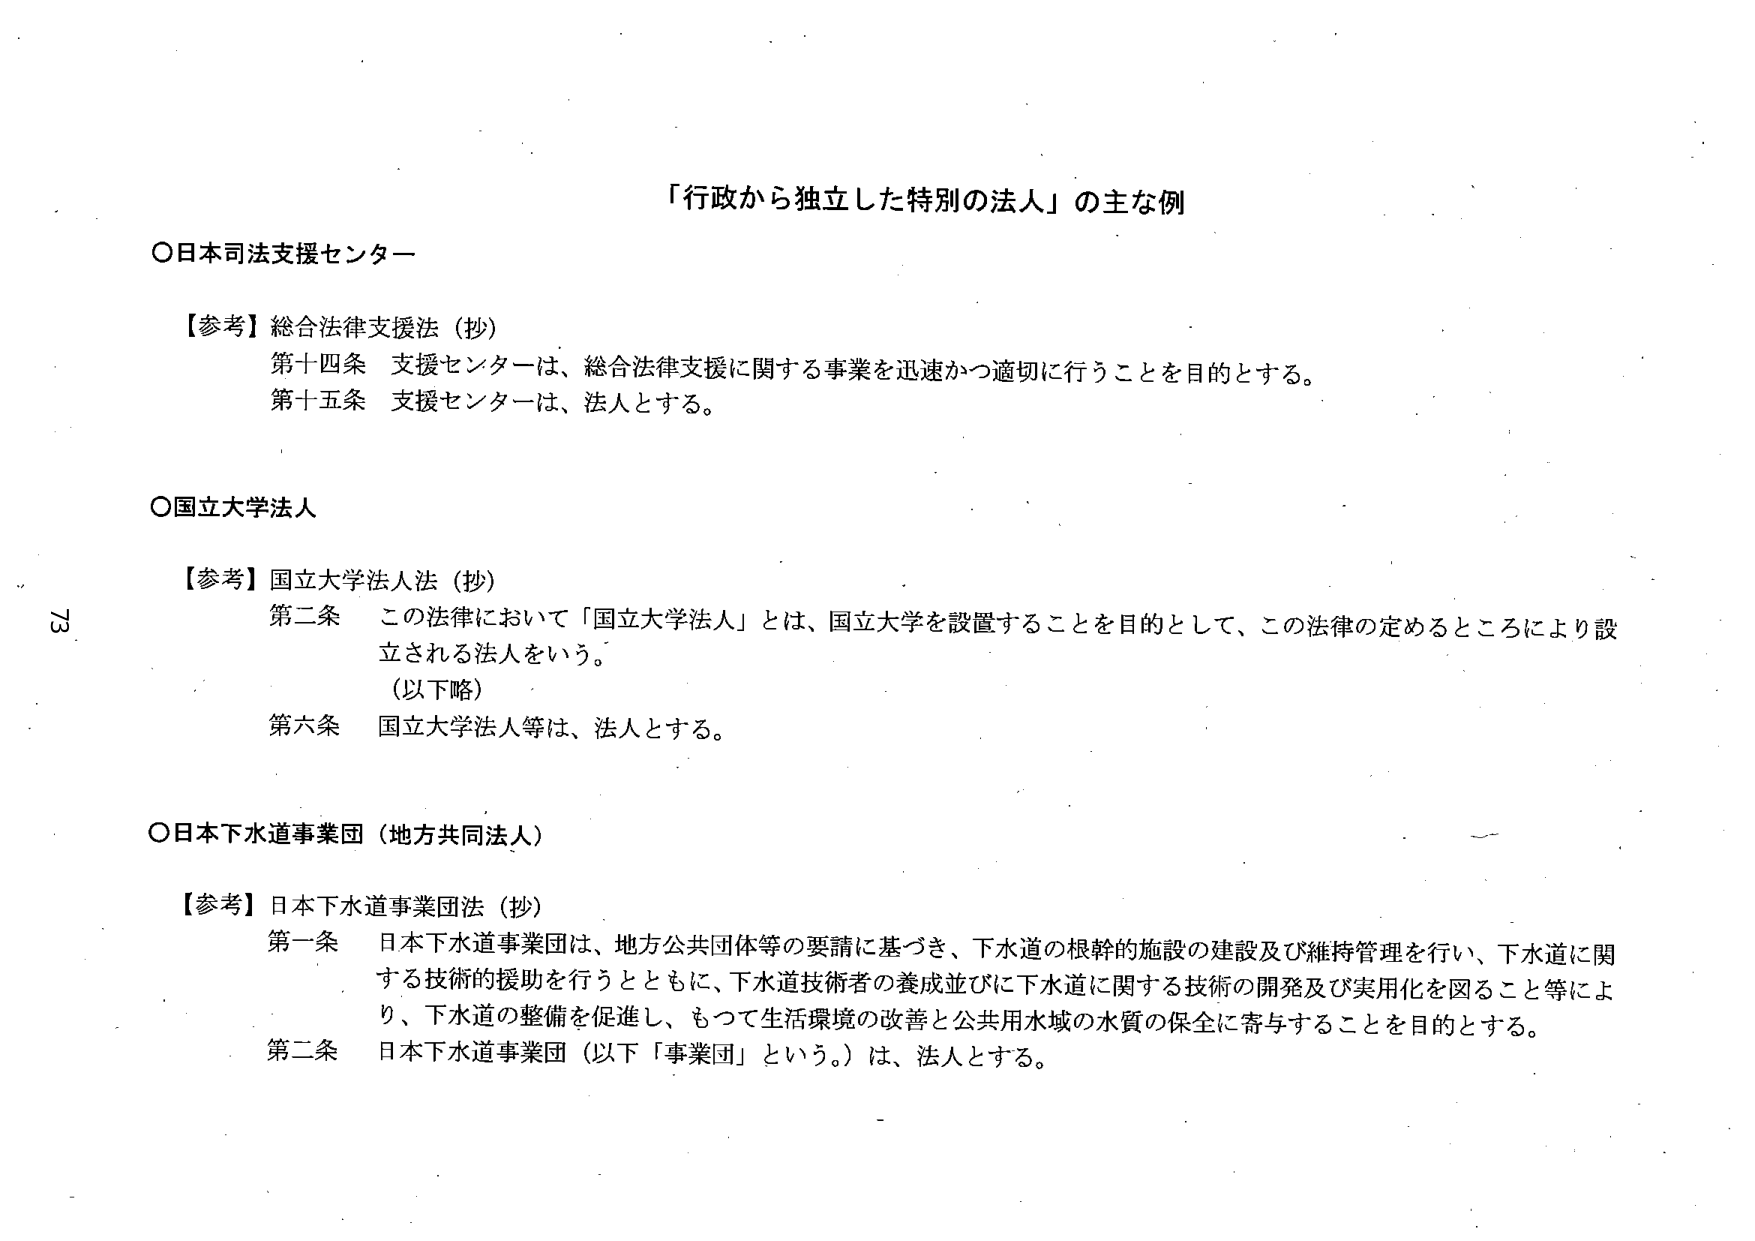
「行政から独立した特別の法人」の主な例

○日本司法支援センター

【参考】総合法律支援法（抄）
第十四条 支援センターは、総合法律支援に関する事業を迅速かつ適切に行うことを目的とする。
第十五条 支援センターは、法人とする。

○国立大学法人

【参考】国立大学法人法（抄）
第二条 この法律において「国立大学法人」とは、国立大学を設置することを目的として、この法律の定めるところにより設立される法人をいう。
（以下略）
第六条 国立大学法人等は、法人とする。

○日本下水道事業団（地方共同法人）

【参考】日本下水道事業団法（抄）
第一条 日本下水道事業団は、地方公共団体等の要請に基づき、下水道の根幹的施設の建設及び維持管理を行い、下水道に関する技術的援助を行うとともに、下水道技術者の養成並びに下水道に関する技術の開発及び実用化を図ること等により、下水道の整備を促進し、もつて生活環境の改善と公共用水域の水質の保全に寄与することを目的とする。
第二条 日本下水道事業団（以下「事業団」という。）は、法人とする。

73